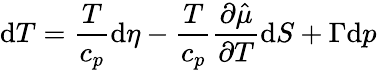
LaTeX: \mathrm{d}T=\frac{T}{c_{p}}\mathrm{d}\eta-\frac{T}{c_{p}}\frac{\partial\hat{\mu}}{\partial T}\mathrm{d}S+\Gamma\mathrm{d}p